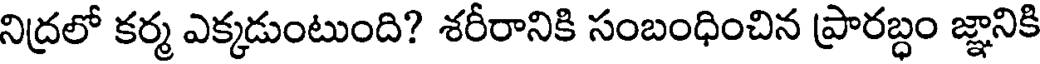
నిద్రలో కర్మ ఎక్కడుంటుంది? శరీరానికి సంబంధించిన ప్రారబ్ధం జ్ఞానికి